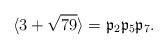
LaTeX: \begin{align*}\langle 3+\sqrt{79}\rangle=\mathfrak{p}_2 \mathfrak{p}_5\mathfrak{p}_7.\end{align*}